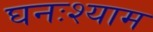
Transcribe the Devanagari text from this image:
घनःश्याम